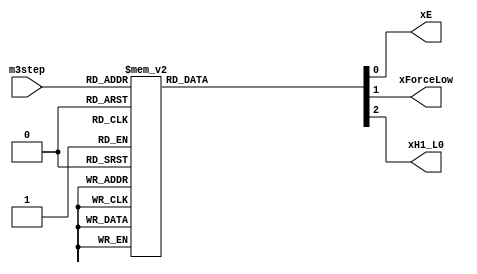
module motoro3_step_to_mosdriver(

    xE              ,		
    xForceLow       ,		
    xH1_L0          ,		

    m3step           
);


output  reg                 xE              ;		
output  reg                 xForceLow       ;		
output  reg                 xH1_L0          ;		

input   wire    [3:0]       m3step;	

`define m3mode01
`ifdef m3mode01
always @( m3step ) begin
    case ( m3step )
        4'hF    :   begin   xE = 1'b1 ;     xForceLow = 1'b1 ;      xH1_L0  = 1'b0 ;    end
                                         
        4'd0    :   begin   xE = 1'b1 ;     xForceLow = 1'b0 ;      xH1_L0  = 1'b1 ;    end
        4'd1    :   begin   xE = 1'b1 ;     xForceLow = 1'b0 ;      xH1_L0  = 1'b1 ;    end
        4'd2    :   begin   xE = 1'b1 ;     xForceLow = 1'b0 ;      xH1_L0  = 1'b1 ;    end
        4'd3    :   begin   xE = 1'b1 ;     xForceLow = 1'b0 ;      xH1_L0  = 1'b1 ;    end
                                                                   
        4'd4    :   begin   xE = 1'b1 ;     xForceLow = 1'b0 ;      xH1_L0  = 1'b1 ;    end
        4'd5    :   begin   xE = 1'b1 ;     xForceLow = 1'b0 ;      xH1_L0  = 1'b1 ;    end
        4'd6    :   begin   xE = 1'b1 ;     xForceLow = 1'b0 ;      xH1_L0  = 1'b0 ;    end
        4'd7    :   begin   xE = 1'b1 ;     xForceLow = 1'b1 ;      xH1_L0  = 1'b0 ;    end
                                                                   
        4'd8    :   begin   xE = 1'b1 ;     xForceLow = 1'b1 ;      xH1_L0  = 1'b0 ;    end
        4'd9    :   begin   xE = 1'b1 ;     xForceLow = 1'b1 ;      xH1_L0  = 1'b0 ;    end
        4'd10   :   begin   xE = 1'b1 ;     xForceLow = 1'b1 ;      xH1_L0  = 1'b0 ;    end
        4'd11   :   begin   xE = 1'b1 ;     xForceLow = 1'b0 ;      xH1_L0  = 1'b0 ;    end
                                                                   
        default :   begin   xE = 1'b0 ;     xForceLow = 1'b0 ;      xH1_L0  = 1'b0 ;    end
    endcase
end
`endif

endmodule